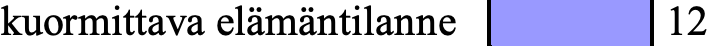
kuormittava elämäntilanne 12